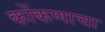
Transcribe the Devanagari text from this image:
कोंकणाचा